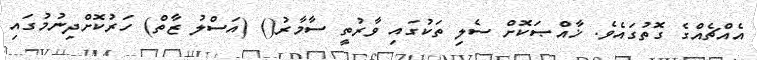
އެއްޗެއްގެ ގޮތުގައެވެ. ޚާއްޞަކޮށް ސެލި ތަކުގައި ވާރުތީ ސާމާރު() (އަސްލު ޒާތް) ހަރުކޮށްދިނުމުގައި